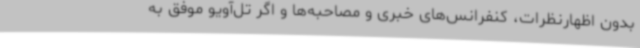
بدون اظهارنظرات، کنفرانس‌های خبری و مصاحبه‌ها و اگر تل‌آویو موفق به